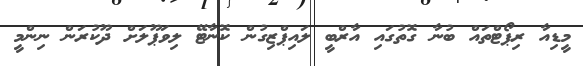
މީޑިއާ ރިޕޯޓްތައް ބުނާ ގޮތުގައި އާރްބީ ލައިޕްޒިގުން ކޮނާޓޭ ލިވަޕޫލަށް ދޫކުރަން ނިންމީ